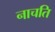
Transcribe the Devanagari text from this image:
नाचति